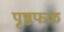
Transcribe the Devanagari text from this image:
पृष्ठफळ